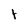
Character: t